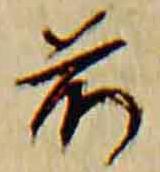
前